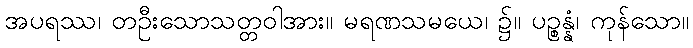
အပရဿ၊ တဦးသောသတ္တဝါအား။ မရဏသမယေ၊ ၌။ ပဉ္စန္နံ၊ ကုန်သော။